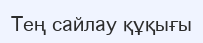
Тең сайлау құқығы